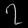
Digit: ၇